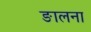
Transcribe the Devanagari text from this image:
ङालना